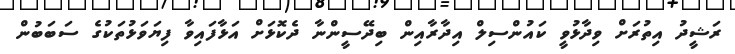
ރަޝީދު އިތުރަށް ވިދާޅުވީ ކައުންސިލް އިދާރާއިން ބިދޭސީންނާ ދެކޮޅަށް އަޅާފައިވާ ފިޔަވަޅުތަކުގެ ސަބަބުން